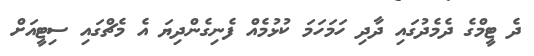
ދެ ޓީމްގެ ދެމެދުގައި ދާދި ހަމަހަމަ ކުޅުމެއް ފެނިގެންދިޔަ އެ މެޗްގައި ސިޓީއަށް